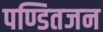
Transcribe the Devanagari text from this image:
पण्डितजन